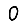
Digit: 0